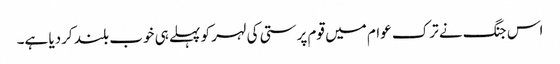
اس جنگ نے ترک عوام میں قوم پرستی کی لہر کو پہلے ہی خوب بلند کردیا ہے۔